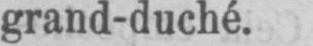
grand-duché.